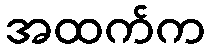
အထက်က